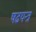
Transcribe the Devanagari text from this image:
षढयन्त्र